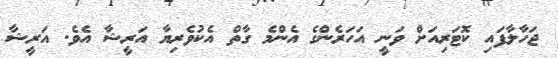
ޖަހާލާފައި ކޮޓަރިއަށް ވަނީ އަހަރެންގެ އެންމެ ގާތް އެކުވެރިޔާ އަރީޝާ އެވެ. އަރީޝާ